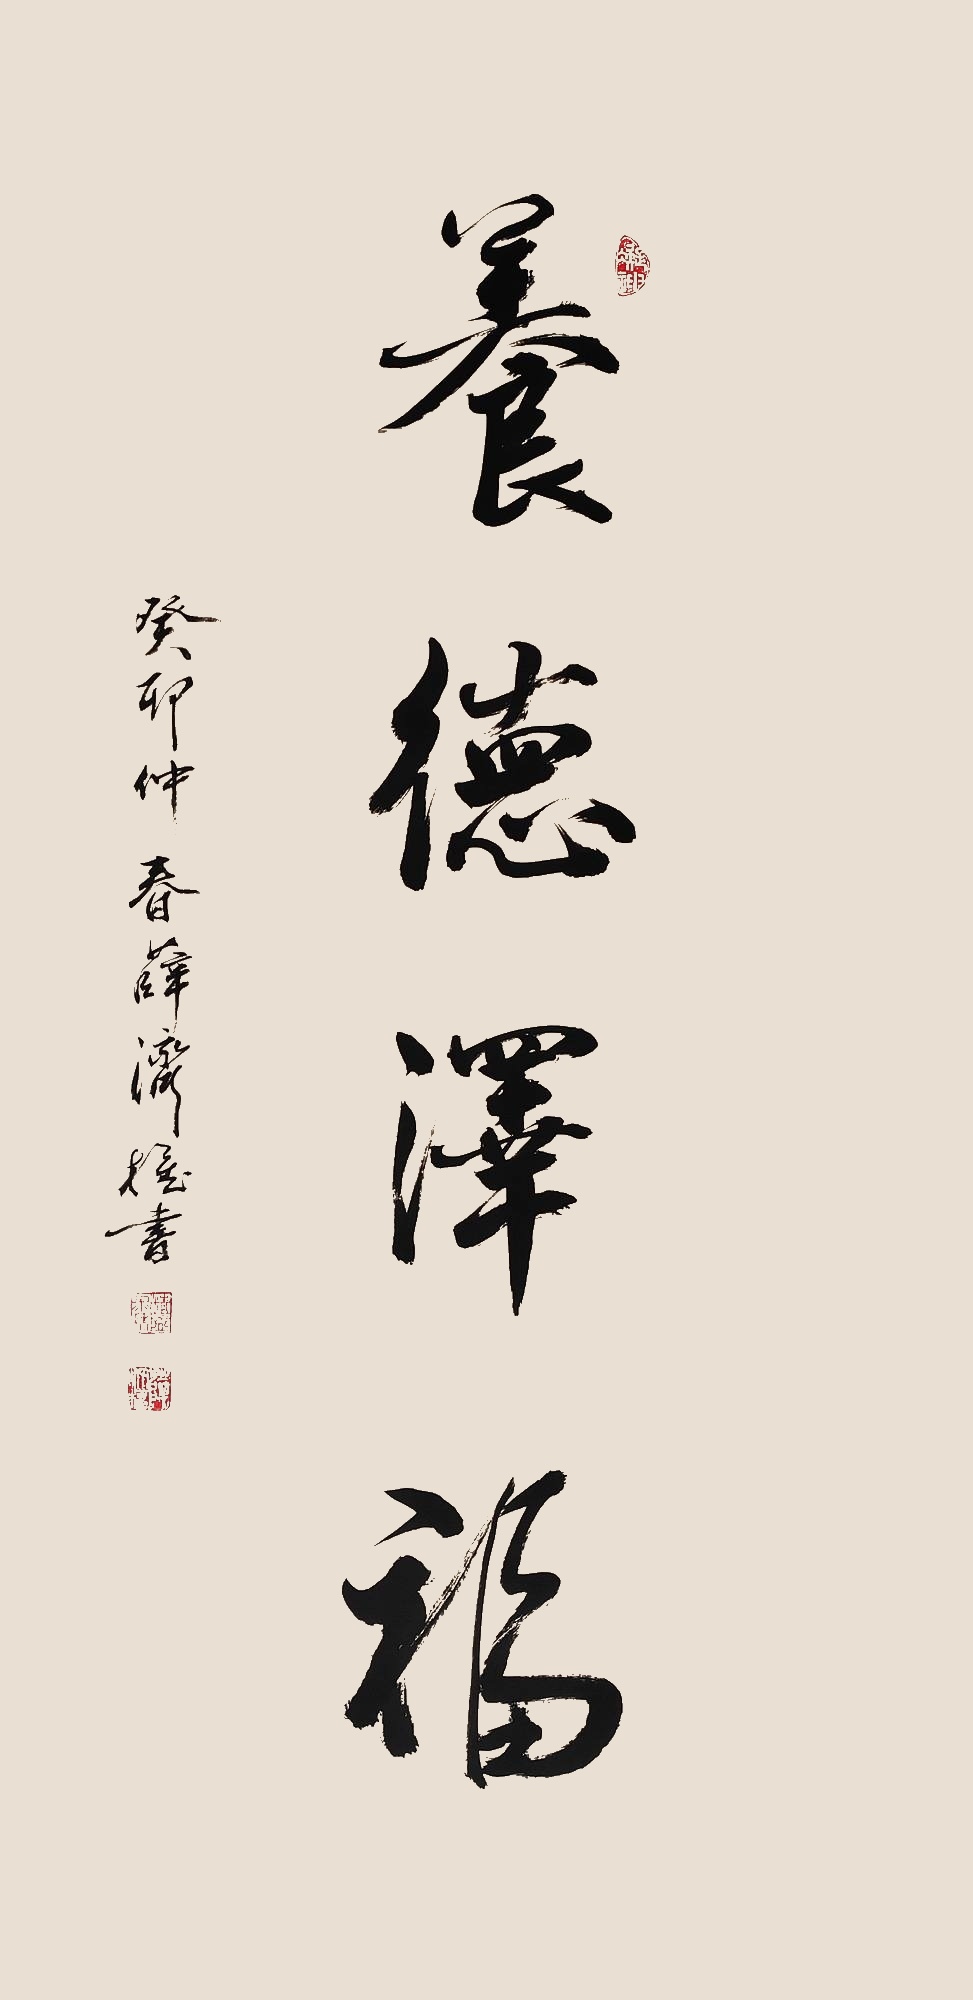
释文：养德泽福癸卯仲春薛济权书